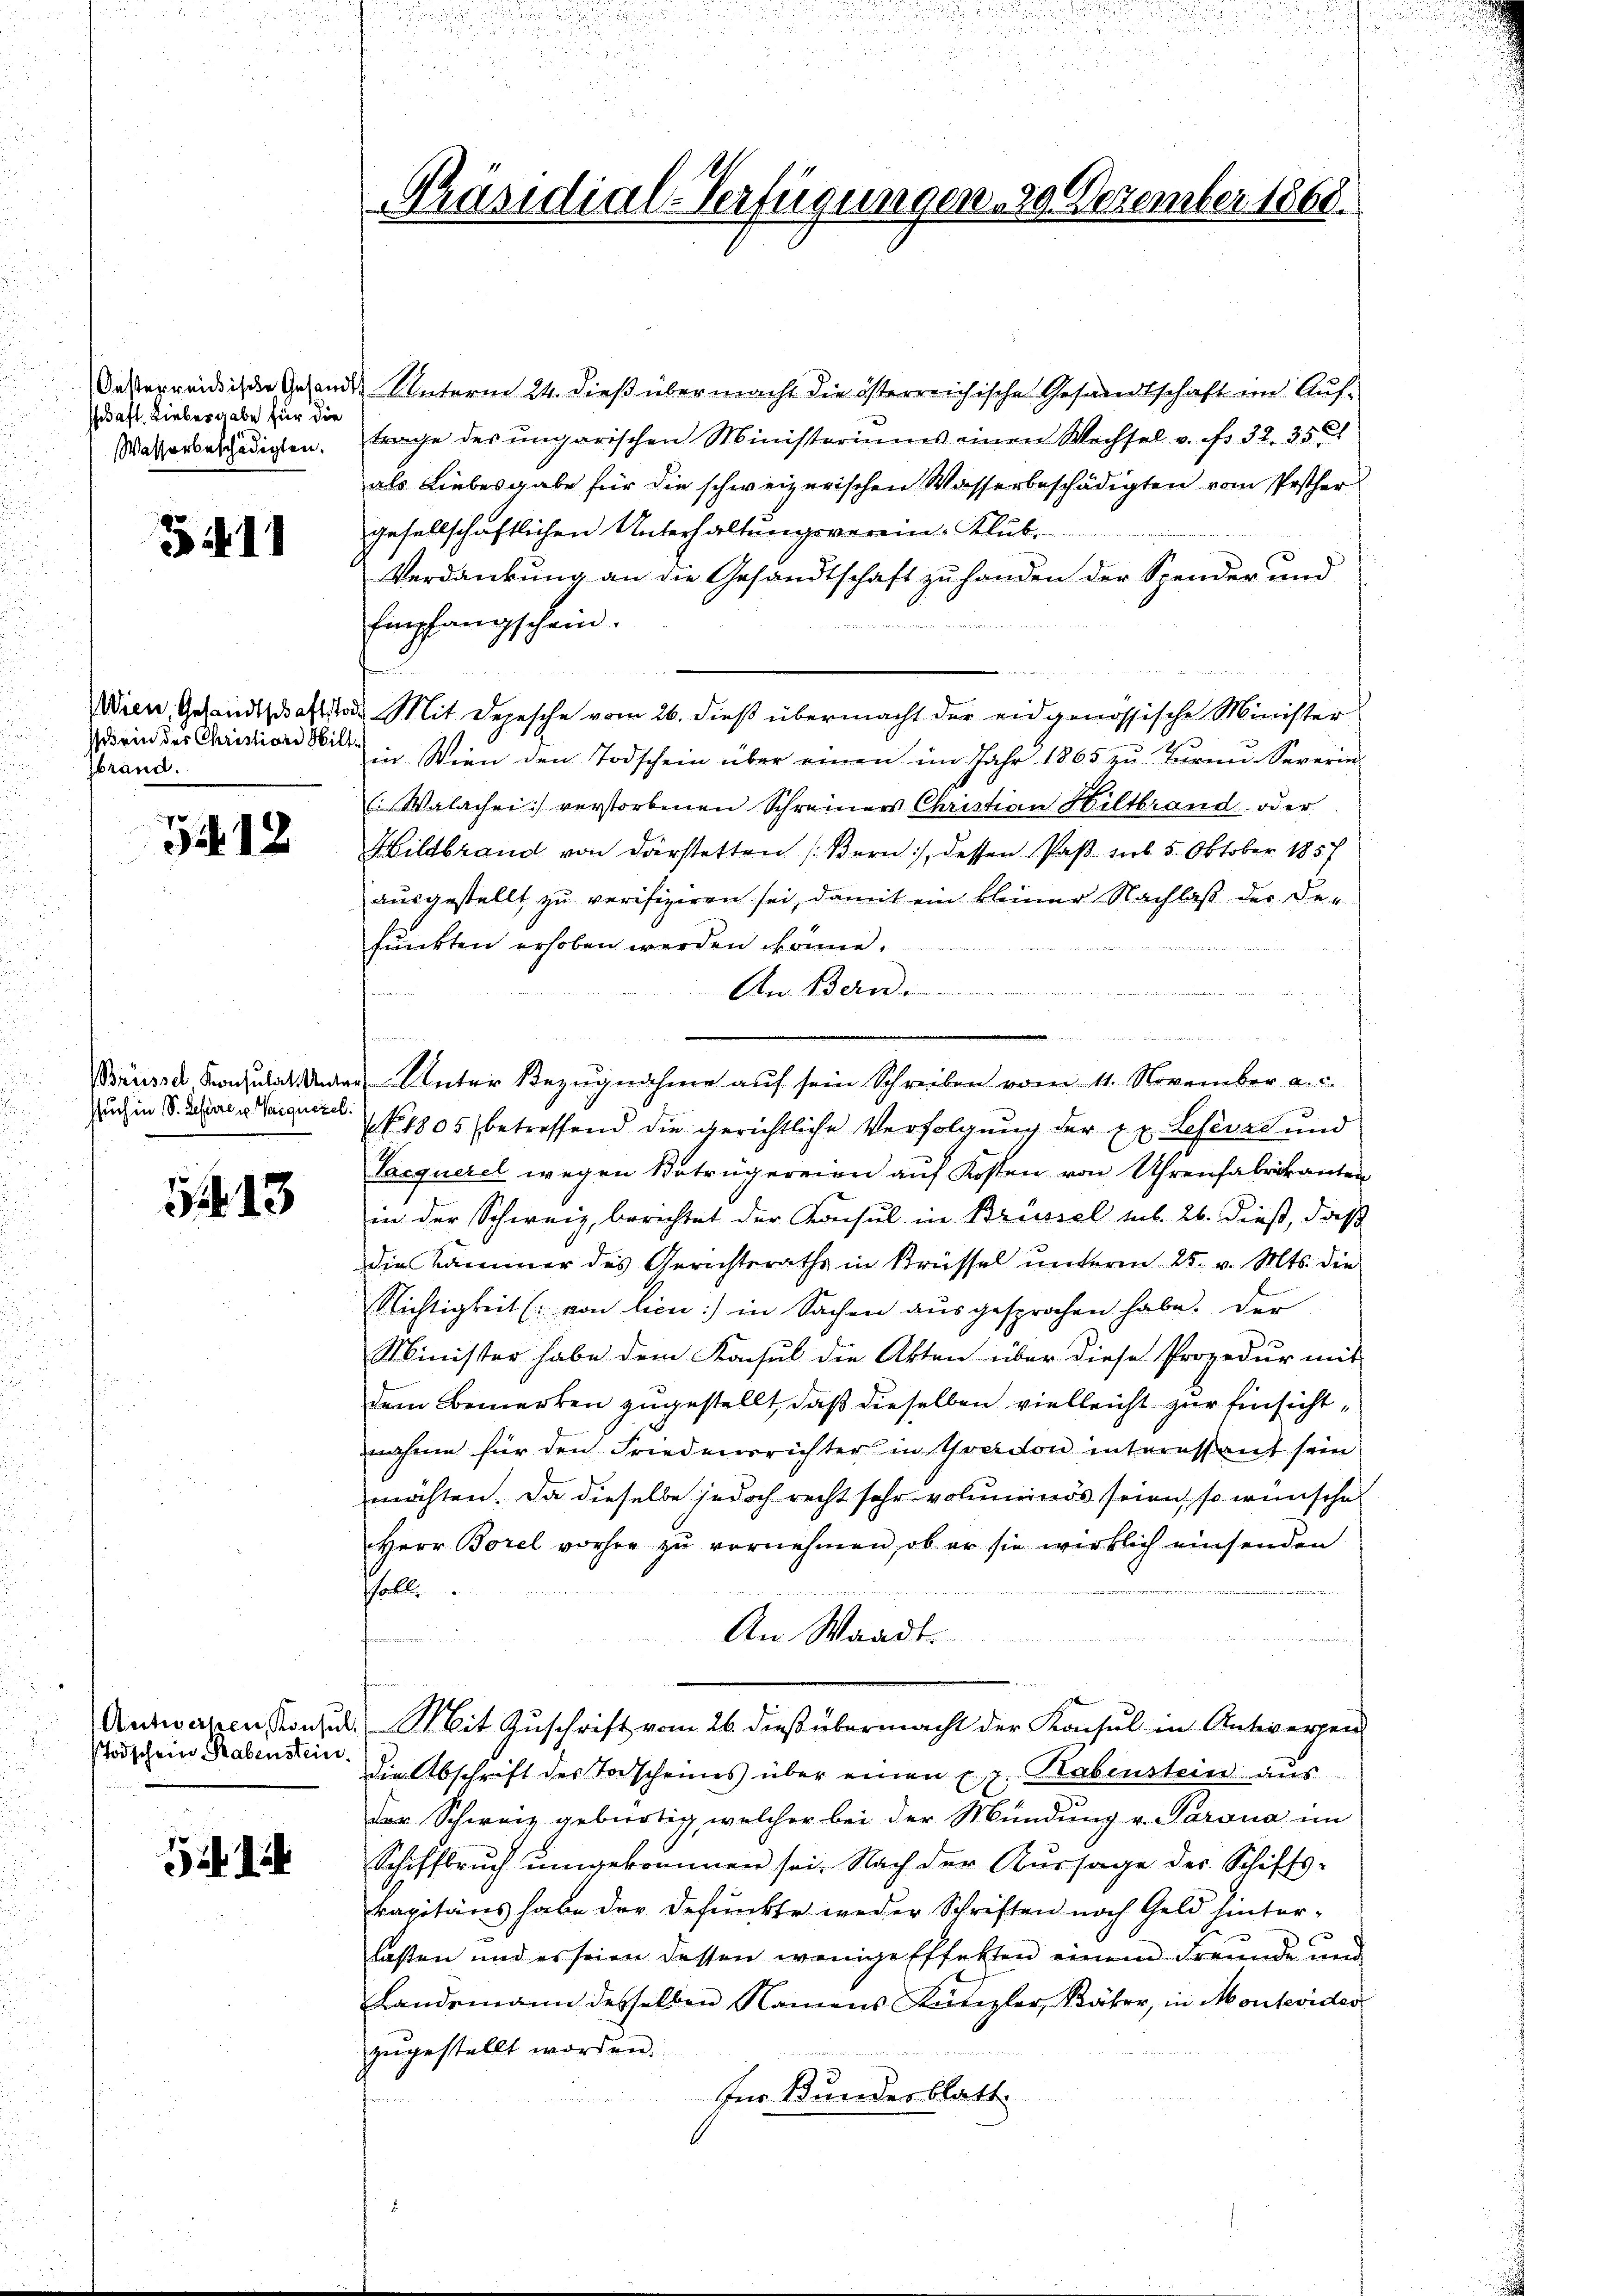
Oesterreichische Gesandt,
saft. Liebesgabe für die
Wasserbeschädigten.

1

Wien, Gesandtschaftstri
sdein der Christian Wiltbrand.

5412

Brüssel Konsulat. Unter
ssuch in S. Refere u. Varquezel.

113

Antworten Konsul
stodschen Rabenstein.

Präsidial-Verfügungen 20 Dezember 1868.

Unterm 24. dieß über macht die österreichische Gesandtschaft im Auftrage des ungarischen Ministeriums einen Wechsel v. fr. 32. 35
als Liebesgabe für die schweizerischen Wasserbeschädigten vom Posther
gesellschaftlichen Unterhaltungsverein-Klub-
Verdankung an die Gesandtschaft zu handen der Spander und
Empfangschein.
Mit Depesche vom 26. dieß übermacht der eidgenössische Minister
in Wien den Todschein über einen im Jahr 1865 zŭ Tŭrn-Severin
(Walachei] verstorbenen Schreiners Christian Hiltbrand oder
Hildbrand von Darstetten (Bern), dessen Paß sieb 5. Oktober 1857
ausgestellt zu verifiziren sei, damit ein kleiner Nachlaß der Defunkten erhoben werden könne.
An Bern.
Unter Bezugnahme auf sein Schreiben vom 11. November a. c.
NNo. 1805 betreffend die gerichtliche Verfolgung der Ex. Lefevre und
Vacquerel wegen Betrügereien auf Kosten von Uhrenfabrikanten
in der Schweiz, berichtet der Konsul in Brüssel sub. 26. dieß, daß
die Kammer des Gerichtsraths in Brüssel unterm 25. v. Mts. die
Nichtigkeit (von lien) in Sachen ausgesprochen habe. Der
Minister habe dem Konsul die Akten über diese Prozedur mit
dem Bemerken zugestellt, daß dieselben vielleicht zur Einsichtnahme für den Friedensrichter in tradon interessant sein
möchten. Da dieselbe jedoch recht sehr volumends seien, so wünsche
Herr Borel vorher zu vornehmen, ob er sie wirklich einsenden
schalle
An Waadt.
n
Mit Zuschrift vom 26. dieß übermacht der Konsul in Antwerpen
die Abschrift des Todscheines über einen z. Habenstein aus
der Schweiz gebürtig, welcher bei der Mündung v. Parona im
Schiffbruch umgekommen sei. Nach der Aussage des Schiffs-
kapitäns habe der defunkte weder Schriften noch Geld hinterlasten und es seien dessen wenige Effekten einem Freunde und
Landsmann desselben Namens Künzler, Käter, in Montevider
zugestellt worden.
für Bundesblatt.

.